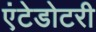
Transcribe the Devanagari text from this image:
एंटेडोटरी